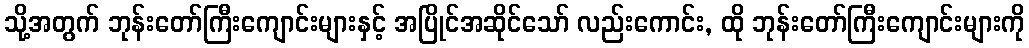
သို့အတွက် ဘုန်းတော်ကြီးကျောင်းများနှင့် အပြိုင်အဆိုင်သော် လည်းကောင်း, ထို ဘုန်းတော်ကြီးကျောင်းများကို